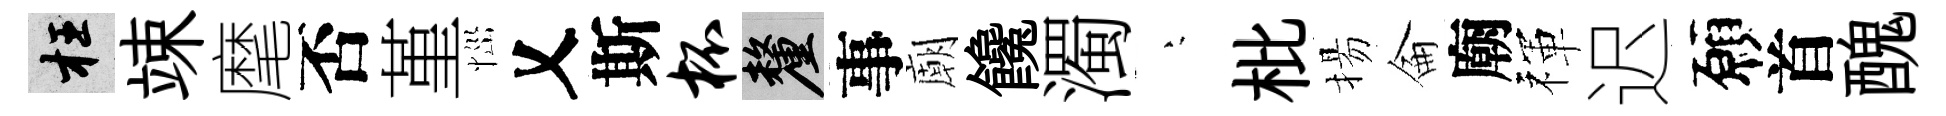
枉竦麾否堇𢙉乂斯杯厘事廟饞濁堂枇揚侖廟禈迟願首醜